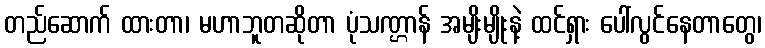
တည်ဆောက် ထားတာ၊ မဟာဘူတဆိုတာ ပုံသဏ္ဌာန် အမျိးမျိုးနဲ့ ထင်ရှား ပေါ်လွင်နေတာတွေ၊